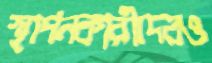
স্থাপনকারীদেরও